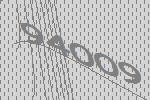
94009